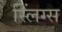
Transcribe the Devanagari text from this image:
स्लिंग्स